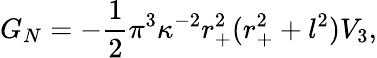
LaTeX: G_{N}=-\frac{1}{2}\pi^{3}\kappa^{-2}r_{+}^{2}(r_{+}^{2}+l^{2})V_{3},